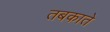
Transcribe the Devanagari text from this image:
तबकाते